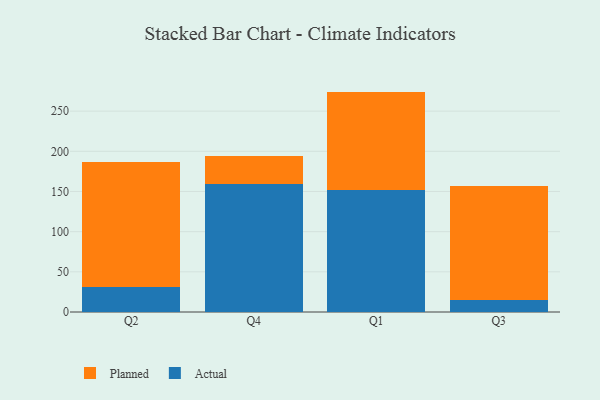
{"axis": {"x": "Quarter", "y": "Production Output"}, "legend": ["Actual", "Planned"], "data": [{"x": "Q2", "y": 31.2, "type": "Actual"}, {"x": "Q2", "y": 156.1, "type": "Planned"}, {"x": "Q4", "y": 159.7, "type": "Actual"}, {"x": "Q4", "y": 34.2, "type": "Planned"}, {"x": "Q1", "y": 151.7, "type": "Actual"}, {"x": "Q1", "y": 122.6, "type": "Planned"}, {"x": "Q3", "y": 15.1, "type": "Actual"}, {"x": "Q3", "y": 141.5, "type": "Planned"}]}